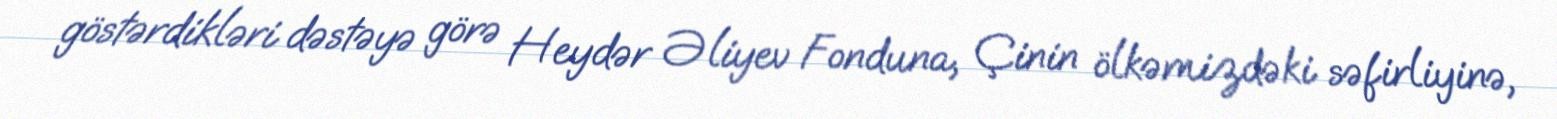
göstərdikləri dəstəyə görə Heydər Əliyev Fonduna, Çinin ölkəmizdəki səfirliyinə,